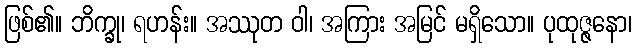
ဖြစ်၏။ ဘိက္ခု၊ ရဟန်း။ အဿုတ ဝါ၊ အကြား အမြင် မရှိသော။ ပုထုဇ္ဇနော၊